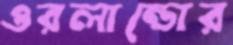
ওরলান্ডোর